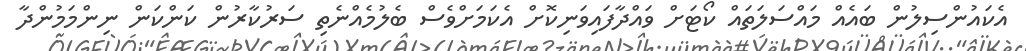
އެކައުންސިލުން ބައެއް މައްސަަލަތައް ކޯޓަށް ވައްދާފައިވަނިކޮށް އެކަމަށްވެސް ބެލުމެއްނެތި ސަރުކާރުން ކަންކަން ނިންމަމުންދާ